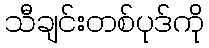
သီချင်းတစ်ပုဒ်ကို